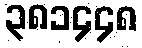
၃၈၁၄၄၈